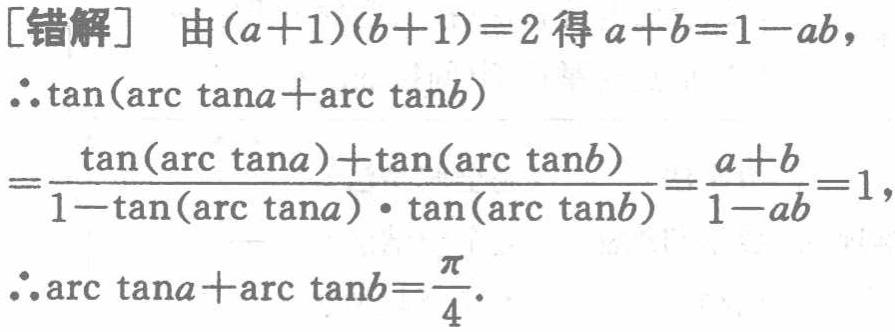
[错解] 由\((a + 1)(b + 1)=2\)得\(a + b = 1 - ab\)，

\(\therefore\tan(\arctan a+\arctan b)\)

\(=\frac{\tan(\arctan a)+\tan(\arctan b)}{1 - \tan(\arctan a)\cdot\tan(\arctan b)}=\frac{a + b}{1 - ab}=1\)，

\(\therefore\arctan a+\arctan b=\frac{\pi}{4}\)。